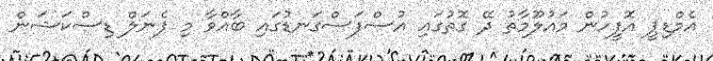
އެމްޑިޕީ އޮފީހުން މައުލޫމާތު ދޭ ގޮތުގައި އުސްފަސްގަނޑުގައި ބާއްވާ މި ޕެނަލް ޑިސްކަޝަން